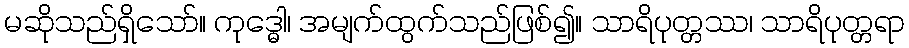
မဆိုသည်ရှိသော်။ ကုဒ္ဓေါ၊ အမျက်ထွက်သည်ဖြစ်၍။ သာရိပုတ္တဿ၊ သာရိပုတ္တရာ